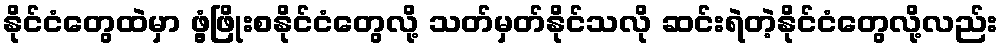
နိုင်ငံတွေထဲမှာ ဖွံ့ဖြိုးစနိုင်ငံတွေလို့ သတ်မှတ်နိုင်သလို ဆင်းရဲတဲ့နိုင်ငံတွေလို့လည်း